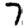
Digit: 7